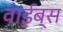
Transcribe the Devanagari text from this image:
वाईब्स